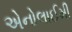
એનોલાઈમી